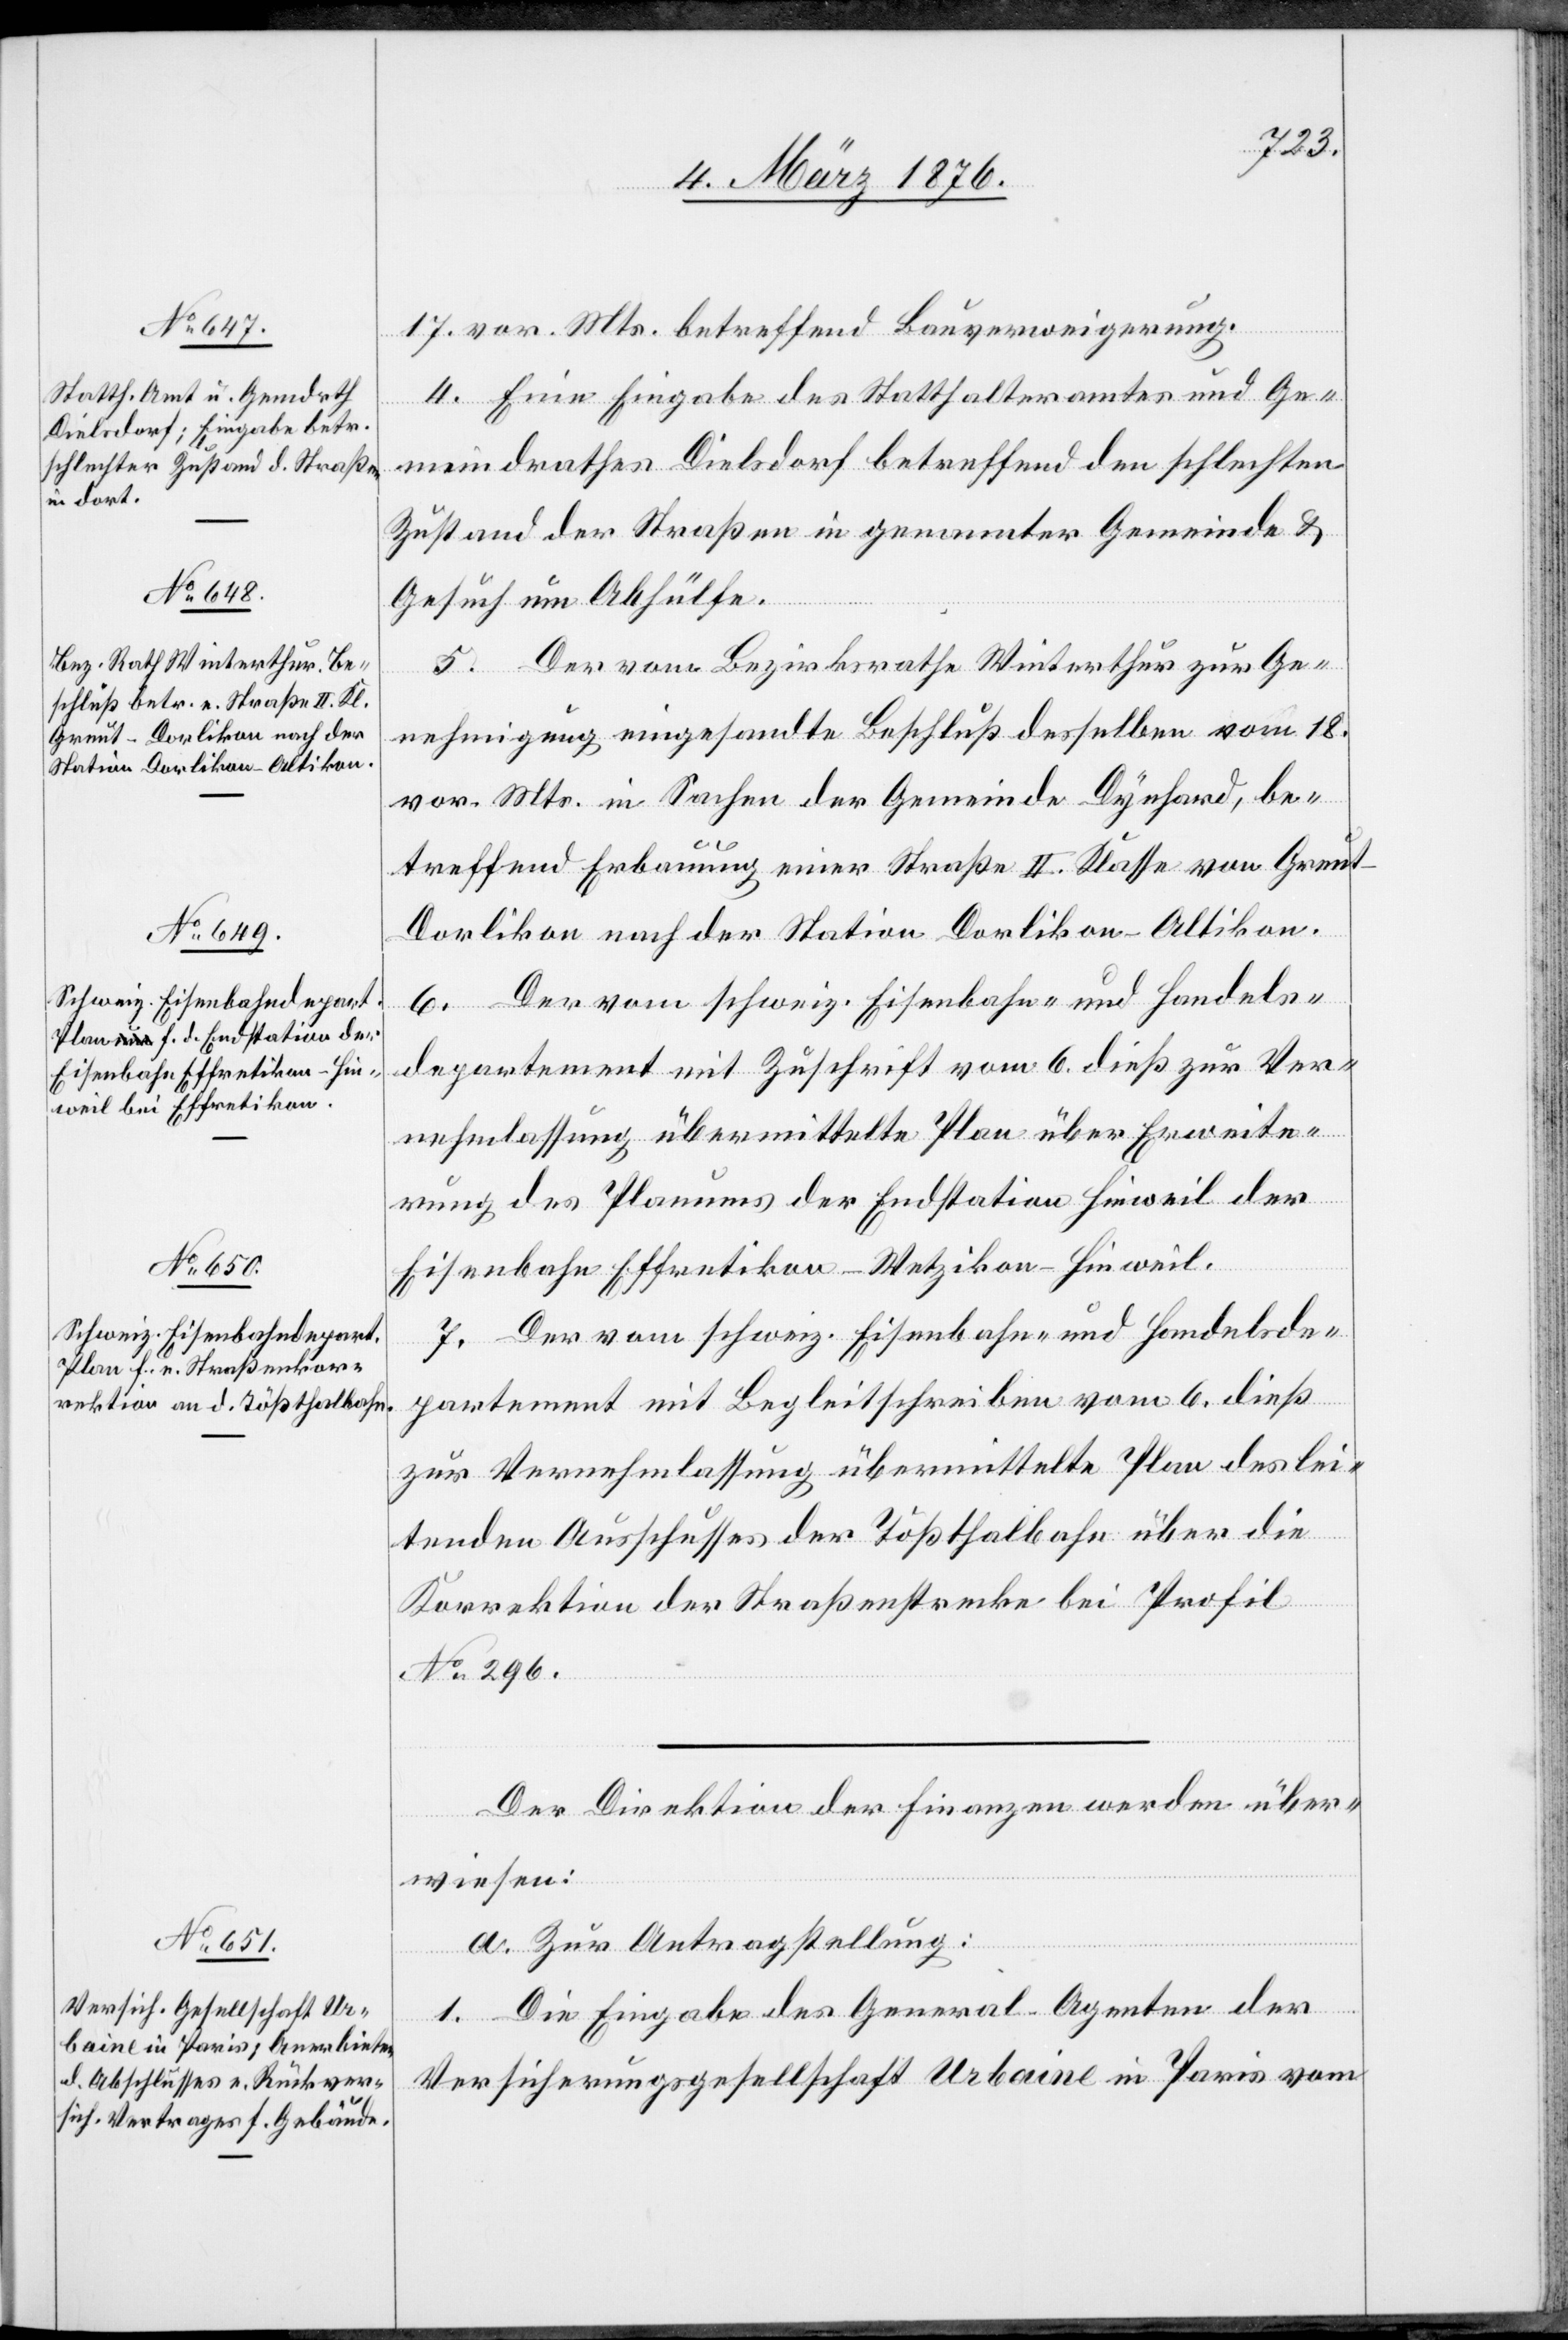
8. März 1876.]
17. vor. Mts. betreffend Bauverweigerung.
4. Eine Eingabe des Statthalteramtes und Ge¬
meindrathes Dielsdorf betreffend den schlechten
Zustand der Straßen in genannter Gemeinde &
Gesuch um Abhülfe.
5. Der vom Bezirksrath Winterthur zur Ge¬
nehmigung eingesandte Beschluß desselben vom 18.
vor. Mts. in Sachen der Gemeinde Dynhard, be¬
treffend Erbauung einer Straße II. Klasse von Greut
Dorlikon nach der Station Dorlikon - Altikon.
6. Der vom schweiz. Eisenbahn- und Handels¬
departement mit Zuschrift vom 6. dieß zur Ver¬
nehmlassung übermittelte Plan über Erweite¬
rung des Planes der Endstation Hinweil der
Eisenbahn Effretikon–Wetzikon–Hinweil.
7. Der vom schweiz. Eisenbahn- und Handelsde¬
partement mit Begleitschreiben vom 6. dieß
zur Vernehmlassung übermittelte Plan des lei¬
tenden Ausschusses der Tößthalbahn über die
Korrektion der Straßenstrecke bei Profil
No 296.
Der Direktion der Finanzen werden über¬
wiesen:
a. Zur Antragstellung:
1. Die Eingabe des General-Agenten der
Versicherungsgesellschaft Urbaine in Paris vom